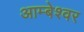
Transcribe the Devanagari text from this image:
आम्बेश्वर